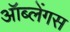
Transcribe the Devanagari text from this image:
ऑब्लेंगस